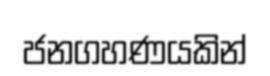
ජනගහණයකින්